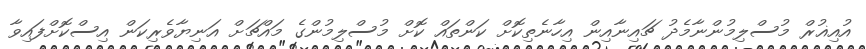
އުއިޣުރް މުސްލިމުންނާމެދު ޗައިނާއިން އިހާނެތިކޮށް ކަންތައް ކޮށް މުސްލިމުންގެ މައްޗަށް އަނިޔާވެރިކަން އިސްކޮށްފައިވާ